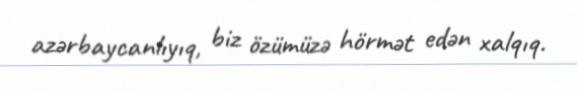
azərbaycanlıyıq, biz özümüzə hörmət edən xalqıq.